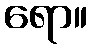
ရော။